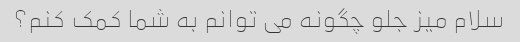
سلام میز جلو چگونه می توانم به شما کمک کنم؟